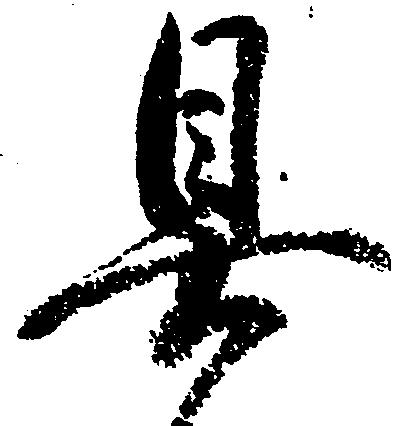
具